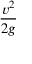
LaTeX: \frac { v ^ { 2 } } { 2 g }